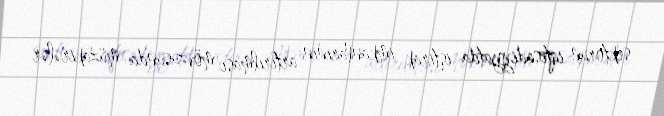
sektorun iqtisadiyyatda iştirak imkanlarının artırılması mövzusunda müzakirələr